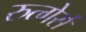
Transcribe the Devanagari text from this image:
रुत्गेर्स